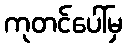
ကုတင်ပေါ်မှ